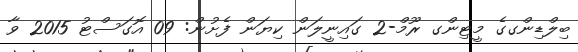
ބިލްޑިންގގެ މީޓިންގ ރޫމް-2 ގައިނީލަން ކިޔަން ފެށުން: 09 އޮގަސްޓު 2015 ވާ